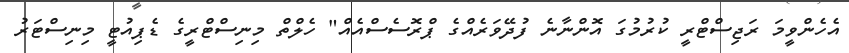
އެހެންވީމަ ރަޖިސްޓްރީ ކުރުމުގަ އޮންނާނެ ފުދޭވަރެއްގެ ޕްްރޮސެސްއެއް" ހެލްތް މިނިސްޓްރީގެ ޑެޕިއުޓީ މިނިސްޓަރު